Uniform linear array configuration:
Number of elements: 24
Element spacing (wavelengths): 0.5
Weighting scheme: kaiser
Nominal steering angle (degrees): -60
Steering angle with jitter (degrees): -58.109
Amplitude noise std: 0.05
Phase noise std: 0.05

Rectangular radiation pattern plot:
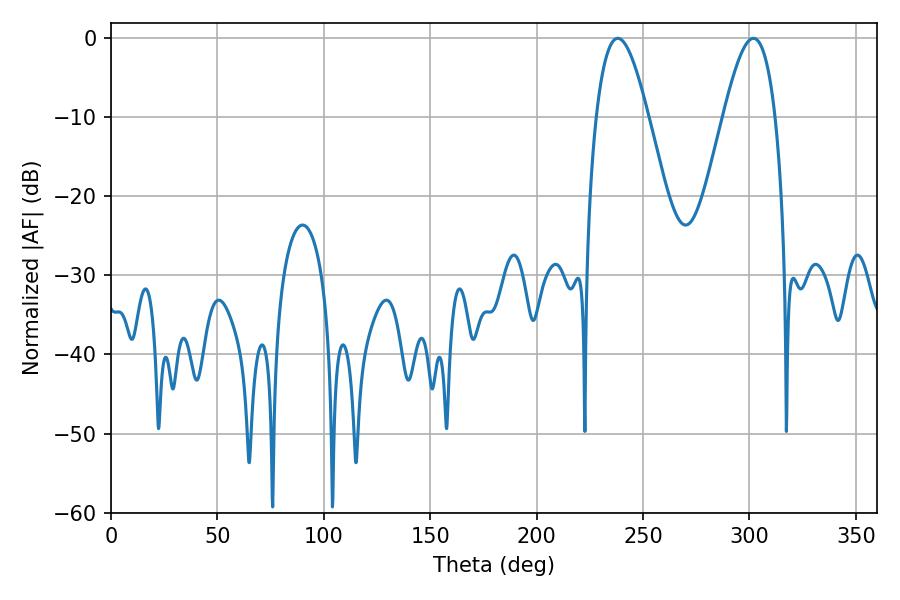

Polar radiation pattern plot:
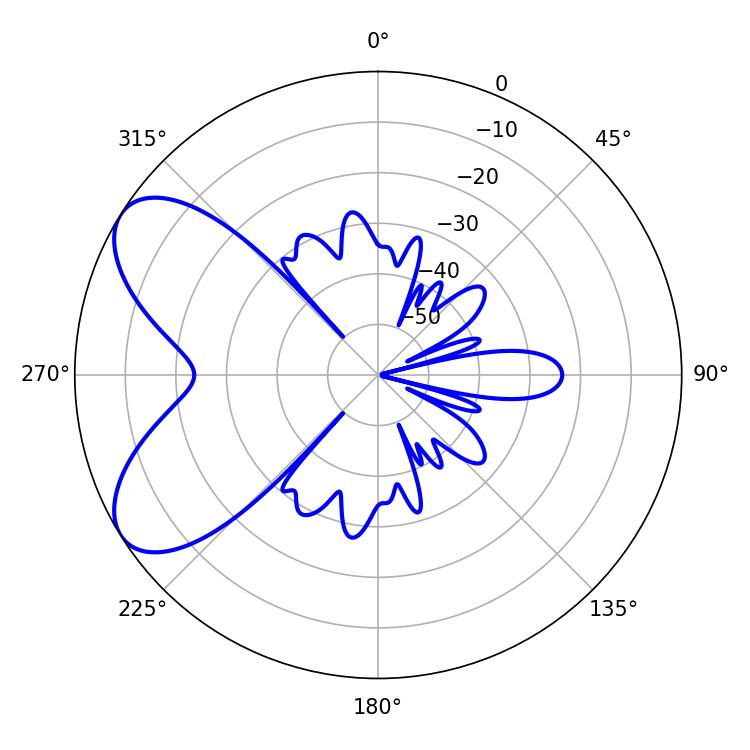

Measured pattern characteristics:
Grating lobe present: FALSE
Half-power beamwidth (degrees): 13.14
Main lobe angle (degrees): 238.14